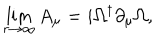
LaTeX: \lim _ { r \rightarrow \infty } A _ { \mu } = i \Omega ^ { \dagger } \partial _ { \mu } \Omega ,